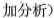
加分析)